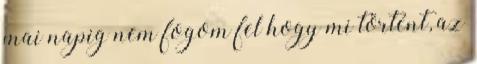
mai napig nem fogom fel hogy mi történt, az